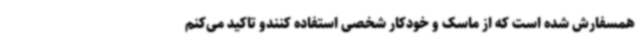
همسفارش شده است که از ماسک و خودکار شخصی استفاده کنندو تاکید می‌کنم